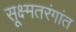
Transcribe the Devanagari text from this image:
सूक्ष्मतरंगांत